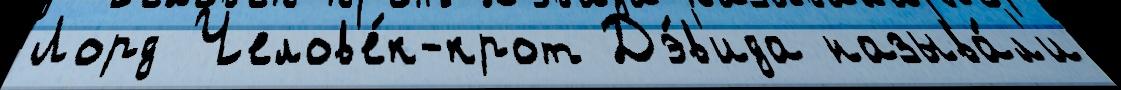
Лорд Челов'е́к-крот Дэ́в'ида называ́л'и